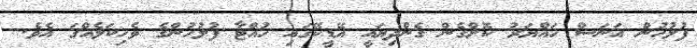
ފުލުހުން އަނަސް ހައްޔަރު ކޮށްގެން ގެންދިޔައީ އޭޑީކޭގައި ހުއްޓާ ފުލުހުންގެ ވެހިކަލެއްގަ އެވެ.